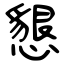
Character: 懇